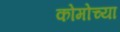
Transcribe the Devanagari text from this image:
कोमोच्या